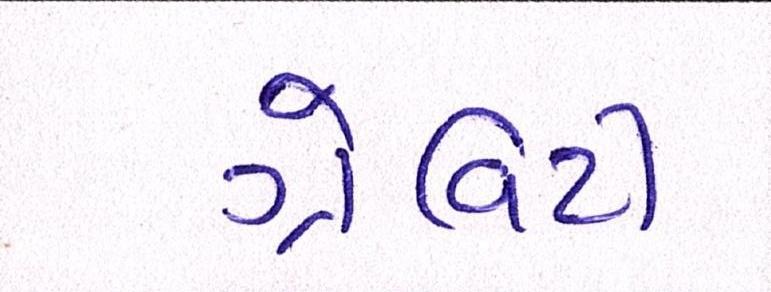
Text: ગ્રેવિટી